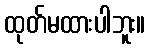
ထုတ်မထားပါဘူး။